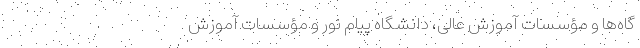
گاه‌ها و مؤسسات‌ آموزش‌ عالی، دانشگاه‌ پیام‌ نور و مؤسسات‌ آموزش‌